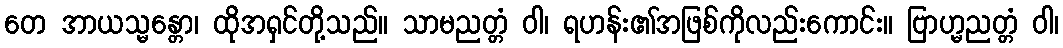
တေ အာယသ္မန္တော၊ ထိုအရှင်တို့သည်။ သာမညတ္တံ ဝါ၊ ရဟန်း၏အဖြစ်ကိုလည်းကောင်း။ ဗြာဟ္မညတ္တံ ဝါ၊